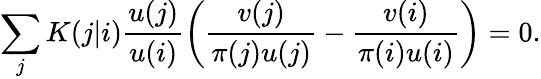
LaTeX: \sum_{j}K(j|i)\frac{u(j)}{u(i)}\left(\frac{v(j)}{\pi(j)u(j)}-\frac{v(i)}{\pi(i)u(i)}\right)=0.